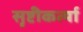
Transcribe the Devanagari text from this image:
सृष्टीकर्त्या